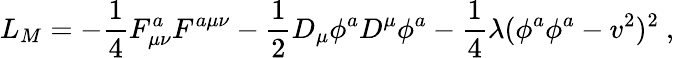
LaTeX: L_{M}=-\frac{1}{4}F_{\mu\nu}^{a}F^{a\mu\nu}-\frac{1}{2}D_{\mu}\phi^{a}D^{\mu}\phi^{a}-\frac{1}{4}\lambda(\phi^{a}\phi^{a}-v^{2})^{2}\ ,